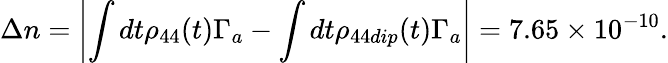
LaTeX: \Delta n=\left|\int dt\rho_{44}(t)\Gamma_{a}-\int dt\rho_{44dip}(t)\Gamma_{a}\right|=7.65\times 10^{-10}.